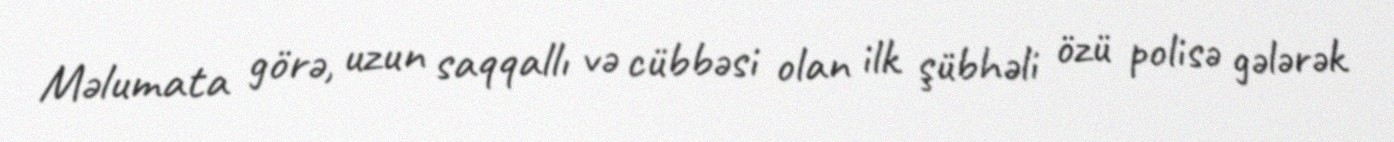
Məlumata görə, uzun saqqallı və cübbəsi olan ilk şübhəli özü polisə gələrək